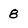
Character: 8